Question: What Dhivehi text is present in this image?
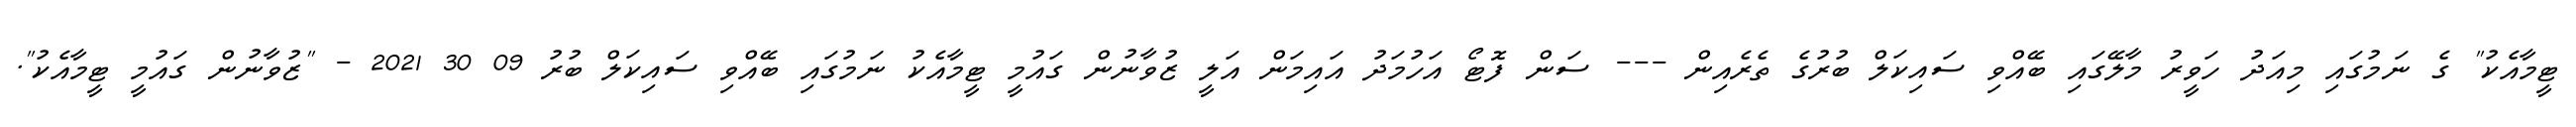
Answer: ޓީމާއެކު" ގެ ނަމުގައި މިއަދު ހަވީރު މާލޭގައި ބޭއްވި ސައިކަލް ބުރުގެ ތެރެއިން --- ސަން ފޮޓޯ އަހުމަދު އައިމަން އަލީ ޒުވާނުން ގައުމީ ޓީމާއެކު ނަމުގައި ބޭއްވި ސައިކަލް ބުރު 09 30 2021 - "ޒުވާނުން ގައުމީ ޓީމާއެކު".